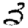
Digit: 3